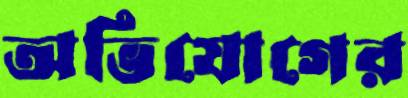
অভিযোগের